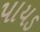
પાયડ